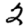
Digit: 2